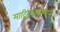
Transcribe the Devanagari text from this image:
माद्रिदखालोखाल